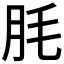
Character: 𦙤